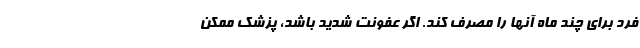
فرد برای چند ماه آنها را مصرف کند. اگر عفونت شدید باشد، پزشک ممکن